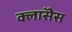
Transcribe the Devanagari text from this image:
क्लाॅसेस